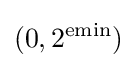
(0,2^{\mathrm {emin} })